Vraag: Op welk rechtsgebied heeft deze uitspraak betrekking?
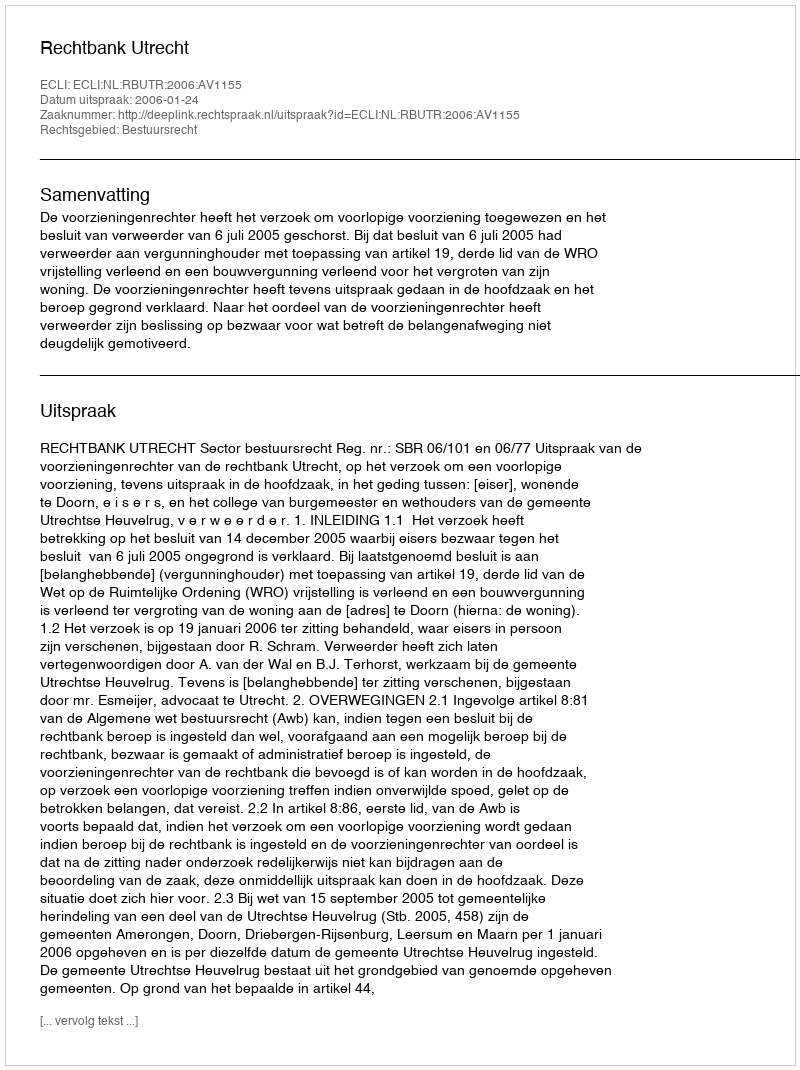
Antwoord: Bestuursrecht